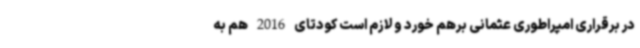
در برقراری امپراطوری عثمانی برهم خورد و لازم است کودتای 2016 هم به